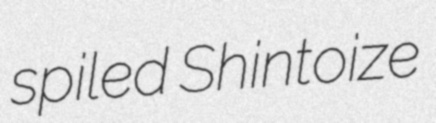
spiled Shintoize